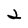
Character: 2